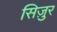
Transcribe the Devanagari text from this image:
सिज़ुर